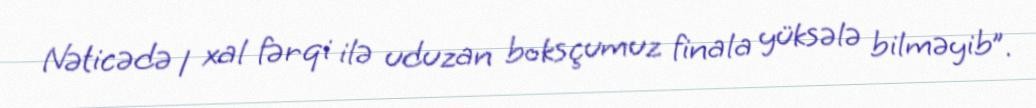
Nəticədə 1 xal fərqi ilə uduzan boksçumuz finala yüksələ bilməyib”.